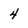
Character: 4